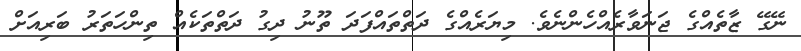
ނޭގޭ ޒާތެއްގެ ޖަނަވާރެއްހެންނެވެ. މިޔަރެއްގެ ދަތްތައްފަދަ ތޫނު ދިގު ދަތްތަކެއް ތިންހަތަރު ބަރިއަށް